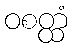
ဝစတ္ထံ